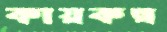
কায়কল্প